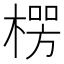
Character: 𪳏